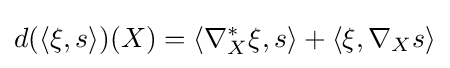
d(\langle \xi ,s\rangle )(X)=\langle \nabla _{X}^{*}\xi ,s\rangle +\langle \xi ,\nabla _{X}s\rangle